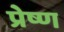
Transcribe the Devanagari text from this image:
प्रेष्ण